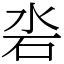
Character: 沯